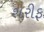
શરીફ